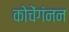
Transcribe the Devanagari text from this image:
कोचेंगंनन